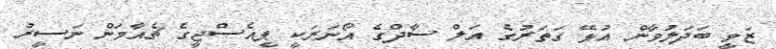
ޒަވީ ބަދަލުވާން އުޅޭ ގަތަރުގެ އަލް ސާދްގެ އޯނަރަކީ ޕީއެސްޖީގެ ޗެއާމަން ނަސީރު